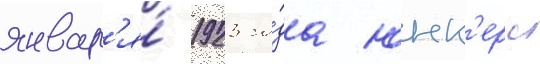
январ'я́ 1923 го́да юнк'ерс